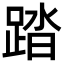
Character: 踏